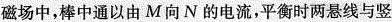
磁场中，棒中通以由 M 向 N 的电流，平衡时两悬线与竖